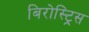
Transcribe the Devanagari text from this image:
बिरोस्ट्रिस